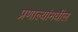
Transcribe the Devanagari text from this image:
प्रणाल्यांमधील